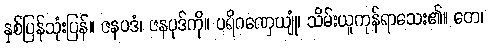
နှစ်ပြန်သုံးပြန်။ ဇနပဒံ၊ ဇနပုဒ်ကို။ ပရိဂဏှေယျုံ၊ သိမ်းယူကုန်ရာသေး၏။ တေ၊